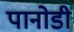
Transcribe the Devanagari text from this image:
पानोडी